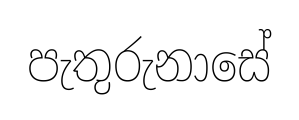
පැතුරුනාසේ